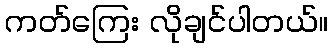
ကတ်ကြေး လိုချင်ပါတယ်။